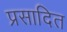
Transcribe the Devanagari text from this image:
प्रसादित